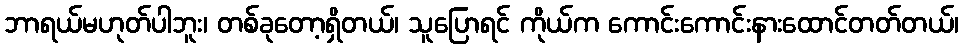
ဘာရယ်မဟုတ်ပါဘူး၊ တစ်ခုတော့ရှိတယ်၊ သူပြောရင် ကိုယ်က ကောင်းကောင်းနားထောင်တတ်တယ်၊